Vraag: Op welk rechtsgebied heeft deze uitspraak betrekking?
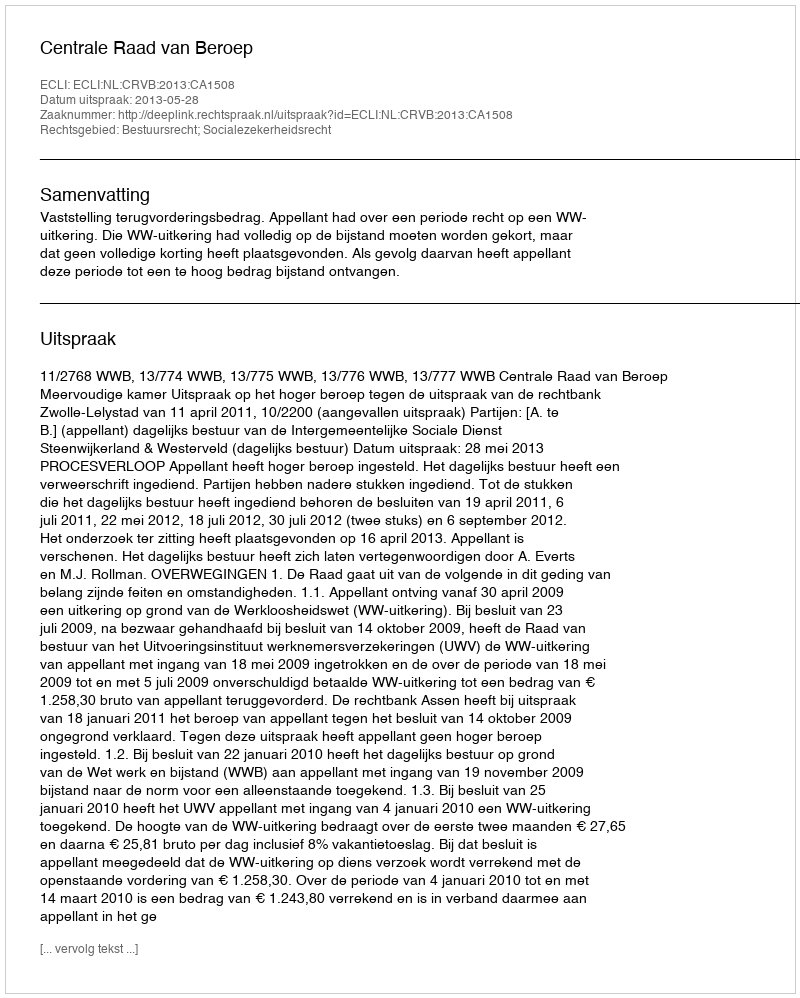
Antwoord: Bestuursrecht; Socialezekerheidsrecht